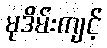
မုဒိမ်းကျင့်